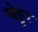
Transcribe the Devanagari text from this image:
चेट्टूर